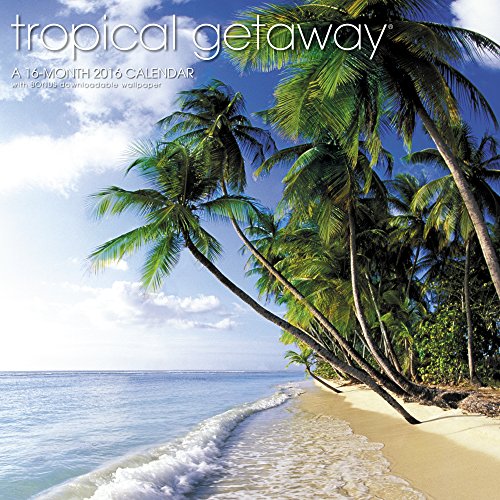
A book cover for Tropical Getaway Wall Calendar (2016); Landmark; Calendars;